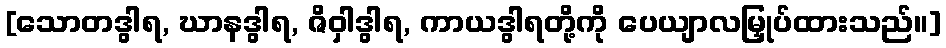
[သောတဒွါရ, ဃာနဒွါရ, ဇိဝှါဒွါရ, ကာယဒွါရတို့ကို ပေယျာလမြှုပ်ထားသည်။]